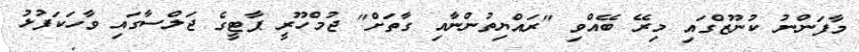
މާފަންނު ކުނޫޒްގައި މިރޭ ބޭއްވި "ރައްޔިތުންނާއި ގާތަށް" ޖުމްހޫރީ ޕާޓީގެ ޖަލްސާގައި ވާހަކަފުޅު